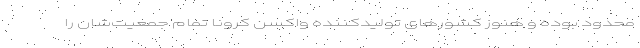
محدود بوده و هنوز کشورهای تولیدکننده واکسن کرونا تمام جمعیت‌شان را